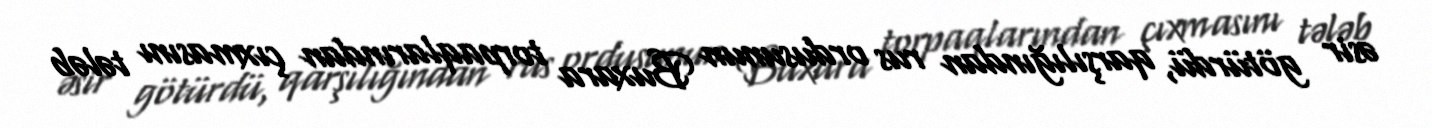
əsir götürdü, qarşılığından rus ordusunun Buxara torpaqlarından çıxmasını tələb